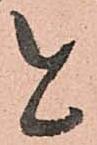
と